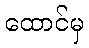
ထောင်မှ